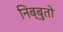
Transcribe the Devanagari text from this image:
निब्बुतो